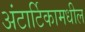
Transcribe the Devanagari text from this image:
अंटार्टिकामधील